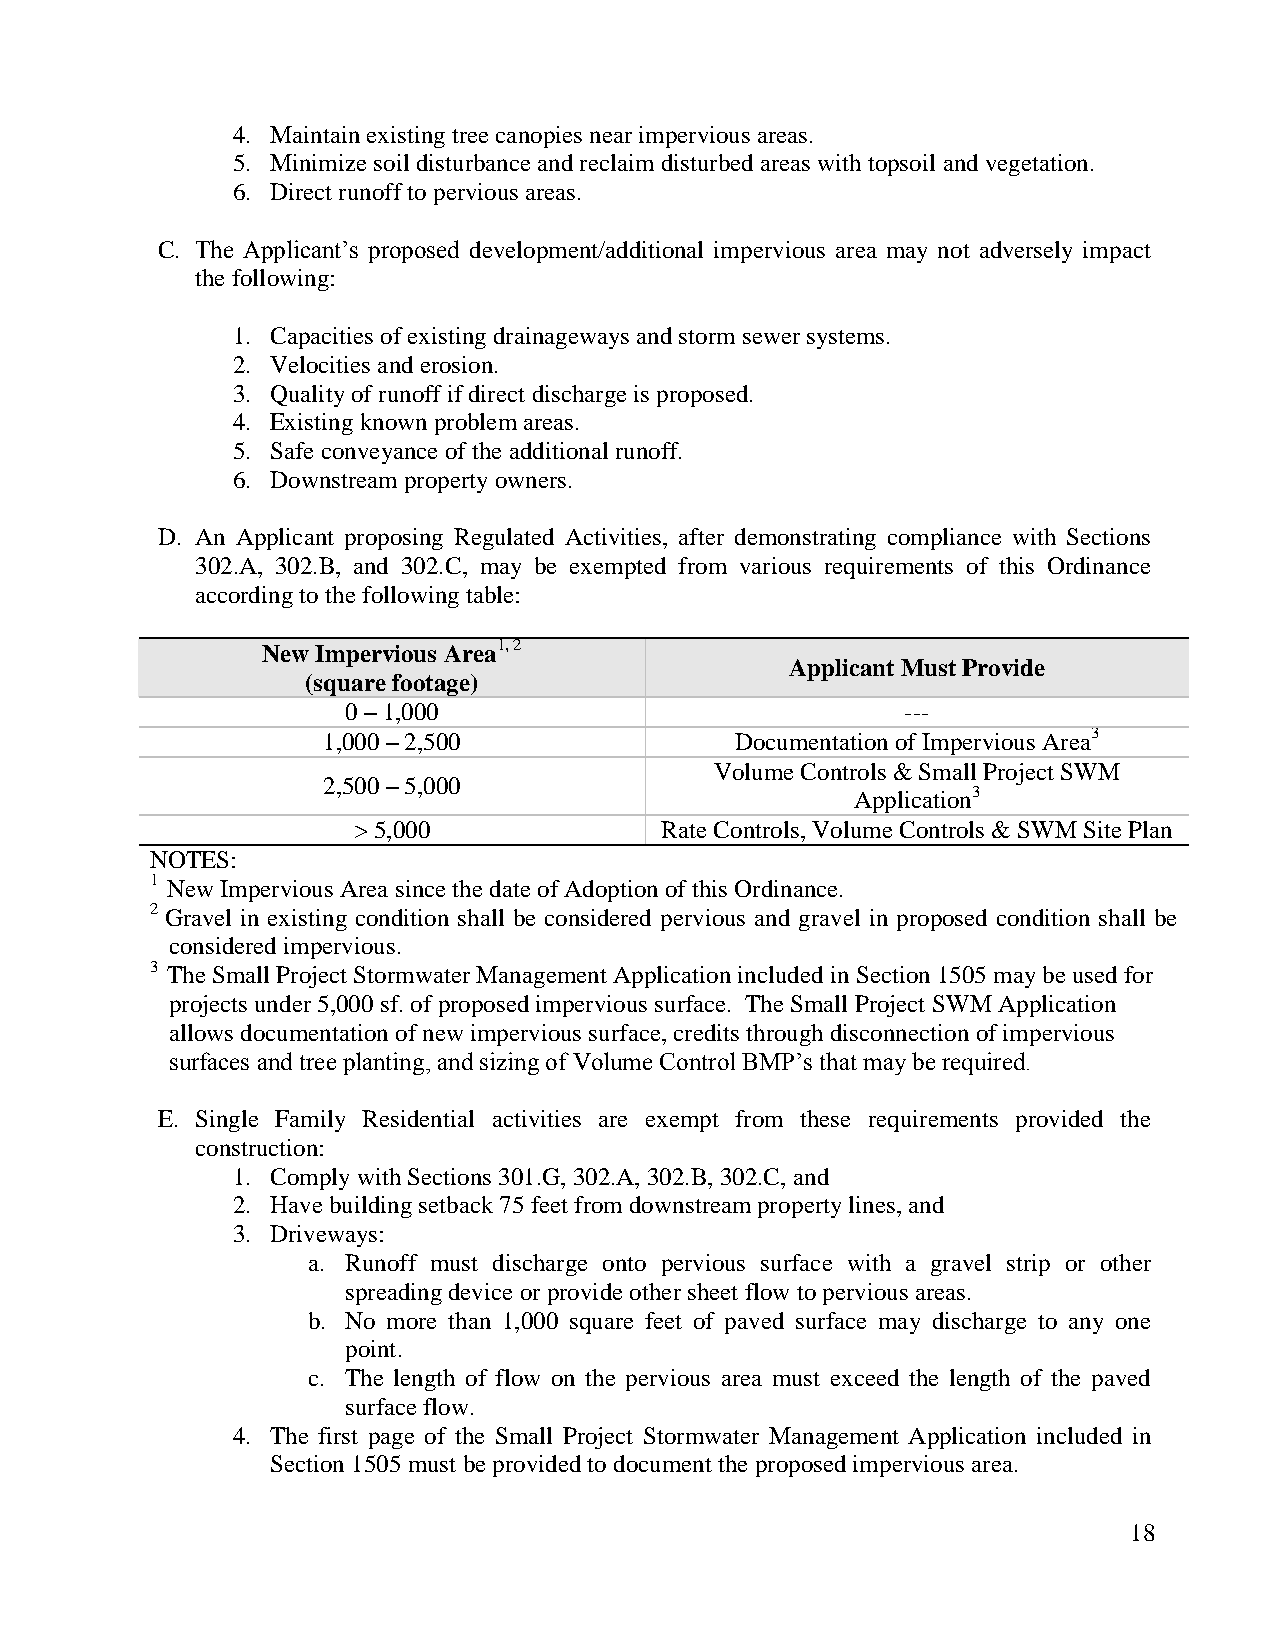
4. Maintain existing tree canopies near impervious areas.
 5. Minimize soil disturbance and reclaim disturbed areas with topsoil and vegetation.
 6. Direct runoff to pervious areas.
 C. The Applicant‟s proposed development/additional impervious area may not adversely impact
 the following:
 1. Capacities of existing drainageways and storm sewer systems.
 2. Velocities and erosion.
 3. Quality of runoff if direct discharge is proposed.
 4. Existing known problem areas.
 5. Safe conveyance of the additional runoff.
 6. Downstream property owners.
 D. An Applicant proposing Regulated Activities, after demonstrating compliance with Sections
 302.A, 302.B, and 302.C, may be exempted from various requirements of this Ordinance
 according to the following table:
 New Impervious Area1, 2
 Applicant Must Provide
 (square footage)
 0 – 1,000                            ---
 1,000 – 2,500               Documentation of Impervious Area3
 Volume Controls & Small Project SWM
 2,500 – 5,000
 Application3
 > 5,000              Rate Controls, Volume Controls & SWM Site Plan
 NOTES:
 1 New Impervious Area since the date of Adoption of this Ordinance.
 2 Gravel in existing condition shall be considered pervious and gravel in proposed condition shall be
 considered impervious.
 3 The Small Project Stormwater Management Application included in Section 1505 may be used for
 projects under 5,000 sf. of proposed impervious surface. The Small Project SWM Application
 allows documentation of new impervious surface, credits through disconnection of impervious
 surfaces and tree planting, and sizing of Volume Control BMP‟s that may be required.
 E. Single Family Residential activities are exempt from these requirements provided the
 construction:
 1. Comply with Sections 301.G, 302.A, 302.B, 302.C, and
 2. Have building setback 75 feet from downstream property lines, and
 3. Driveways:
 a. Runoff must discharge onto pervious surface with a gravel strip or other
 spreading device or provide other sheet flow to pervious areas.
 b. No more than 1,000 square feet of paved surface may discharge to any one
 point.
 c. The length of flow on the pervious area must exceed the length of the paved
 surface flow.
 4. The first page of the Small Project Stormwater Management Application included in
 Section 1505 must be provided to document the proposed impervious area.
 18